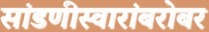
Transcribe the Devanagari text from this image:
सांडणीस्वारांबरोबर